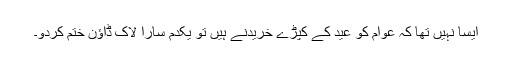
ایسا نہیں تھا کہ عوام کو عید کے کپڑے خریدنے ہیں تو یکدم سارا لاک ڈاؤن ختم کردو۔